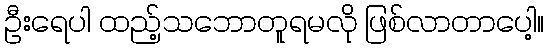
ဦးရေပါ ထည့်သဘောတူရမလို ဖြစ်လာတာပေါ့။